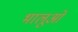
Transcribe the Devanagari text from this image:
भालूओंं